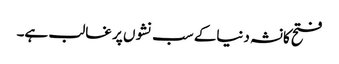
فتح کانشہ دنیاکے سب نشوں پر غالب ہے۔